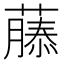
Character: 𮑚